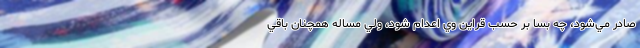
صادر مي‌شود، چه بسا بر حسب قراین وي اعدام شود، ولي مساله همچنان باقي